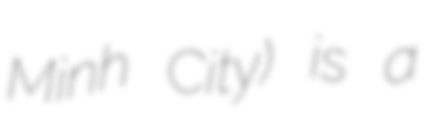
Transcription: Minh City) is a